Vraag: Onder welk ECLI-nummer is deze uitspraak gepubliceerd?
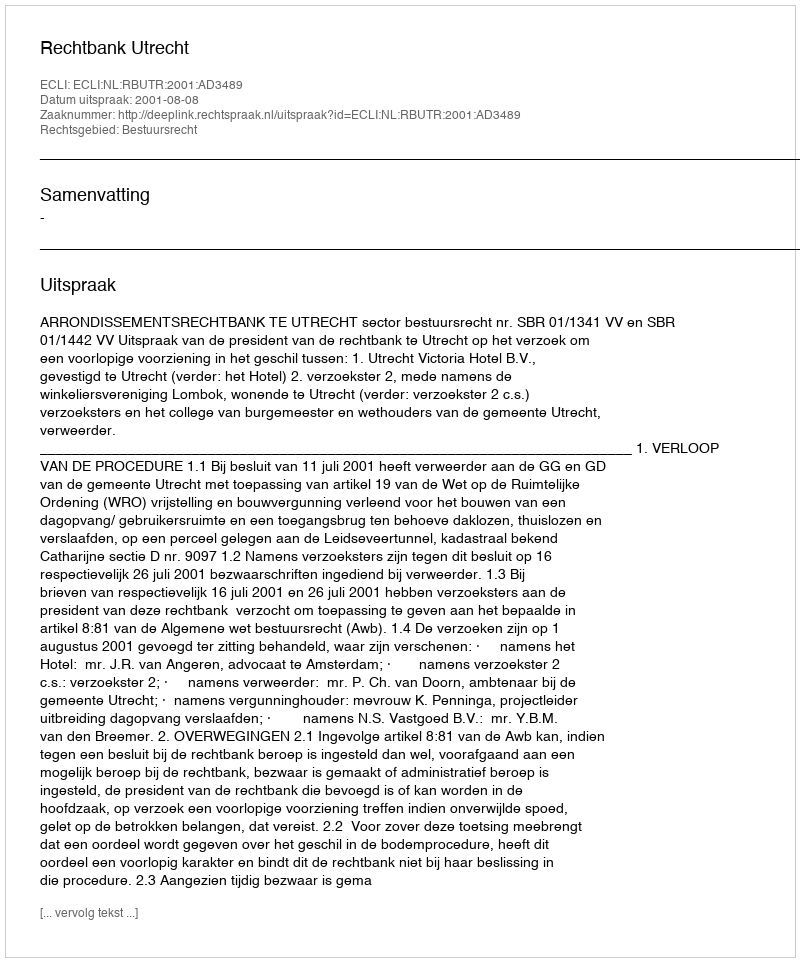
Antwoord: ECLI:NL:RBUTR:2001:AD3489